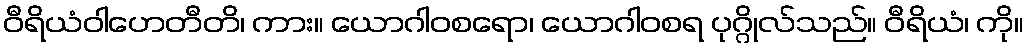
ဝီရိယံဝါဟေတီတိ၊ ကား။ ယောဂါဝစရော၊ ယောဂါဝစရ ပုဂ္ဂိုလ်သည်။ ဝီရိယံ၊ ကို။